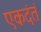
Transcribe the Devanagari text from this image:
एकदंतं